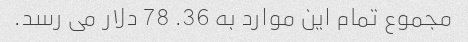
مجموع تمام این موارد به 36. 78 دلار می رسد.